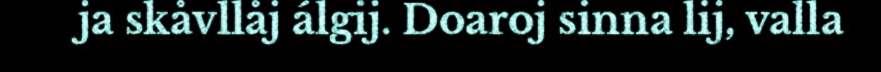
ja skåvllåj álgij. Doaroj sinna lij, valla